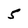
Character: 5